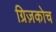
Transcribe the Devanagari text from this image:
ग्रिज़कोच